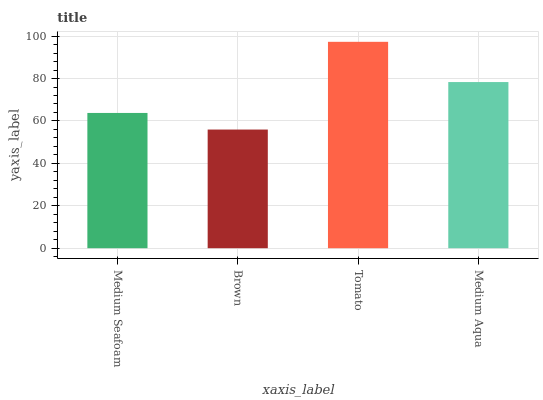
| xaxis_label | bars |
 | --- | --- |
 | Medium Seafoam | 63.8 |
 | Brown | 55.9 |
 | Tomato | 97.3 |
 | Medium Aqua | 78.3 |